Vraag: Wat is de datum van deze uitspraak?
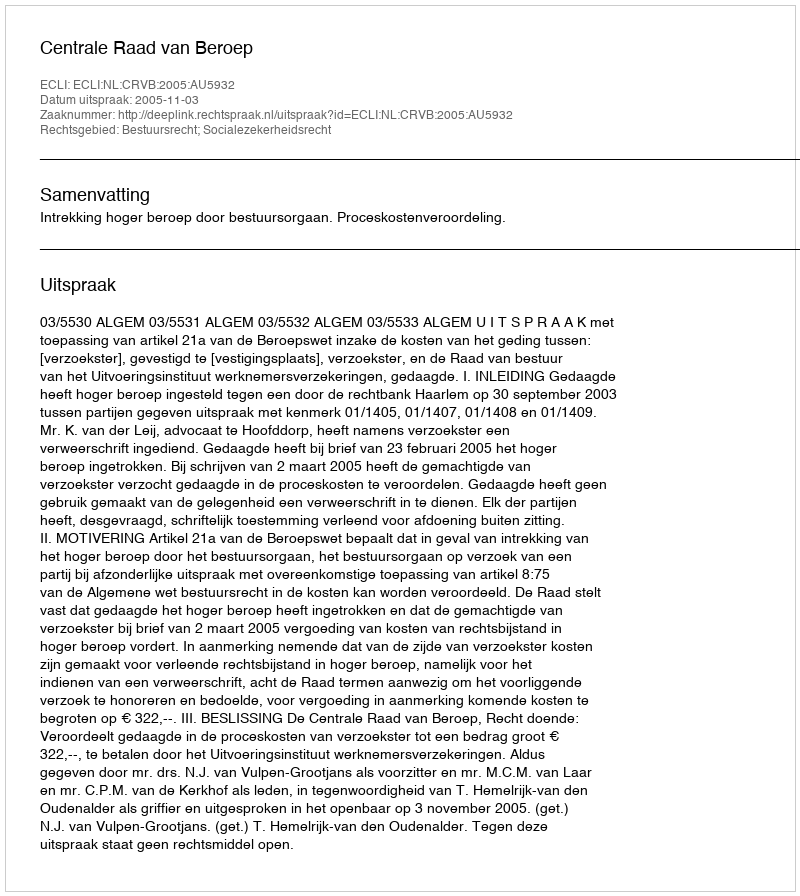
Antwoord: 2005-11-03